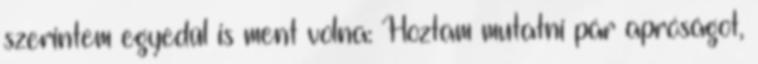
szerintem egyedül is ment volna: Hoztam mutatni pár apróságot,